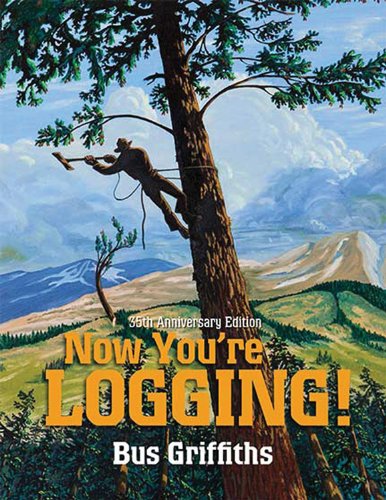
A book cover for Now You're Logging! 35th Anniversary Edition; Bus Griffiths; Science & Math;